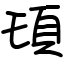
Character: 𩑒